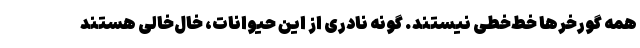
همه گورخر‌ها خط‌خطی نیستند. گونه نادری از این حیوانات، خال‌خالی هستند